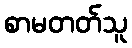
စာမတတ်သူ